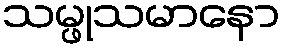
သမ္ဖုသမာနော